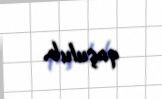
qoşulub.